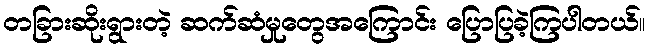
တခြားဆိုးရွားတဲ့ ဆက်ဆံမှုတွေအကြောင်း ပြောပြခဲ့ကြပါတယ်။